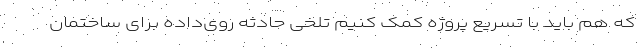
که هم باید با تسریع پروژه کمک کنیم تلخی حادثه روی‌داده برای ساختمان